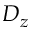
D _ { z }